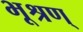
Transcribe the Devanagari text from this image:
भूश्रण्